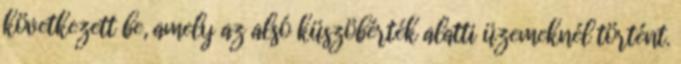
következett be, amely az alsó küszöbérték alatti üzemeknél történt.